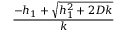
\frac { - h _ { 1 } + \sqrt { h _ { 1 } ^ { 2 } + 2 D k } } { k }